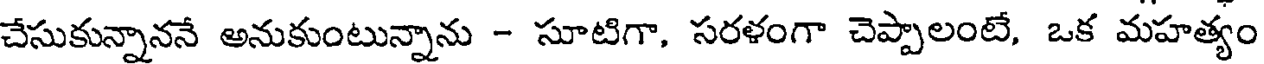
చేసుకున్నాననే అనుకుంటున్నాను - సూటిగా, సరళంగా చెప్పాలంటే, ఒక మహత్యం